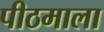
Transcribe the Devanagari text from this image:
पीठमाला